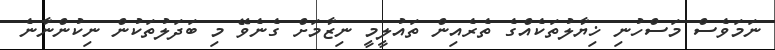
ނަމަވެސް މަސްހުނި ޚިޔާލުތަކެއްގެ ތެރެއިން ތައުލީމީ ނިޒާމަށް ގެނެވޭ މި ބަދަލުތަކުން ނިކުންނާނެ